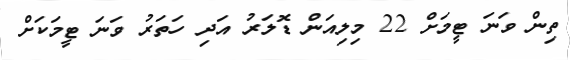
ތިން ވަނަ ޓީމަށް 22 މިލިއަން ޑޮލަރު އަދި ހަތަރު ވަނަ ޓީމަކަށް